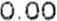
0.00